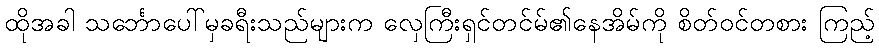
ထိုအခါ သင်္ဘောပေါ်မှခရီးသည်များက လှေကြီးရှင်တင်မ်၏နေအိမ်ကို စိတ်ဝင်တစား ကြည့်